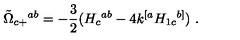
{ \tilde { \Omega } } _ { c + } { } ^ { a b } = - { \frac { 3 } { 2 } } ( H _ { c } { } ^ { a b } - 4 k ^ { [ a } H _ { 1 c } { } ^ { b ] } ) \ .